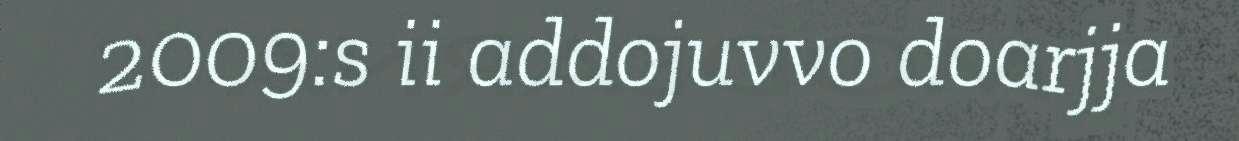
2009:s ii addojuvvo doarjja